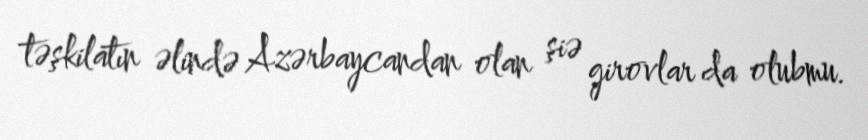
təşkilatın əlində Azərbaycandan olan şiə girovlar da olubmu.